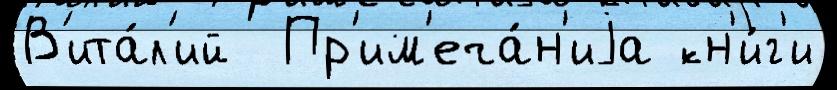
В'ита́л'ий  Пр'им'еча́н'иjа кн'и́г'и